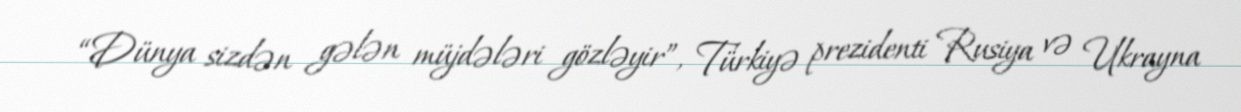
“Dünya sizdən gələn müjdələri gözləyir”, Türkiyə prezidenti Rusiya və Ukrayna